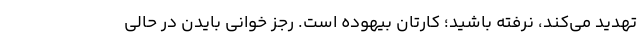
تهدید می‌کند، نرفته باشید؛ کارتان بیهوده است. رجز خوانی بایدن در حالی